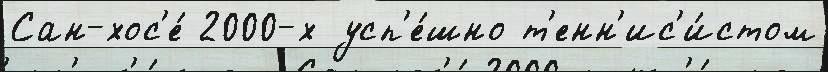
Сан-хос'е́ 2000-х усп'е́шно т'енн'ис'и́стом